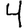
Digit: 4